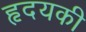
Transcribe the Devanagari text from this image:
हृदयकी